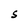
Character: S